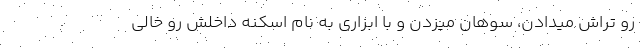
رو تراش میدادن، سوهان میزدن و با ابزاری به نام اسکنه داخلش رو خالی